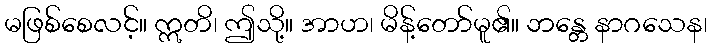
မဖြစ်စေလင့်။ ဣတိ၊ ဤသို့။ အာဟ၊ မိန့်တော်မူ၏။ ဘန္တေ နာဂသေန၊